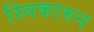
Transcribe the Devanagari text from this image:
स्विकारुन